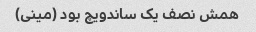
همش نصف یک ساندویچ بود (مینی)